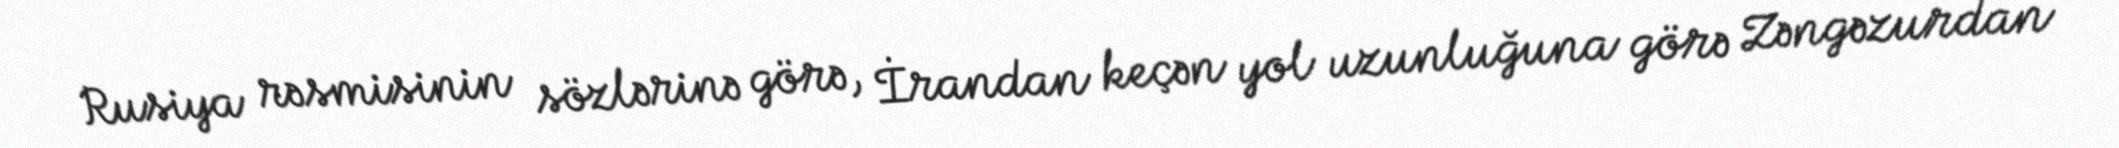
Rusiya rəsmisinin sözlərinə görə, İrandan keçən yol uzunluğuna görə Zəngəzurdan